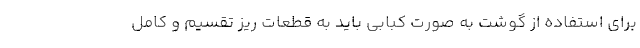
برای استفاده از گوشت به صورت کبابی باید به قطعات ریز تقسیم و کامل